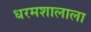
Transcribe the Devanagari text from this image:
धरमशालाला